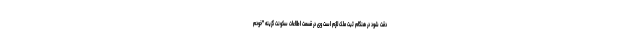
دقت شود در هنگام ثبت ملک لازم است وی در قسمت اطلاعات سکونت گزینه "خودم